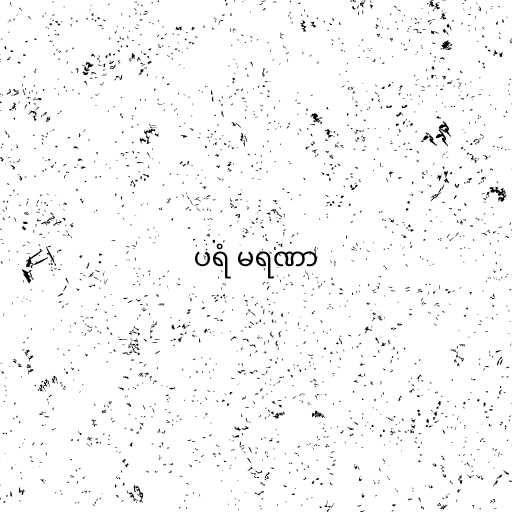
ပရံ မရဏာ